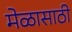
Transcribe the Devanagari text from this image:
मेळासाठी